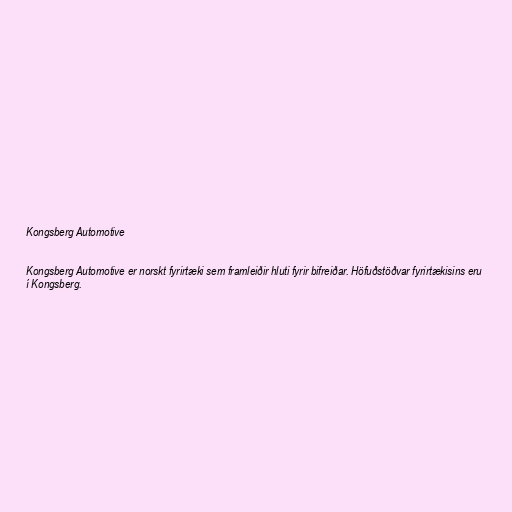
Kongsberg Automotive

Kongsberg Automotive er norskt fyrirtæki sem framleiðir hluti fyrir bifreiðar. Höfuðstöðvar fyrirtækisins eru
í Kongsberg.